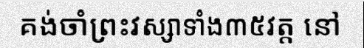
គង់ចាំព្រះវស្សាទាំង៣៥វត្ត នៅ